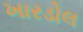
ખારડોલ